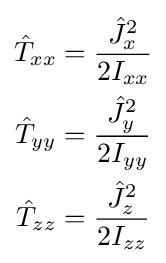
{\begin{aligned}{\hat {T}}_{xx}&={\frac {{\hat {J}}_{x}^{2}}{2I_{xx}}}\\{\hat {T}}_{yy}&={\frac {{\hat {J}}_{y}^{2}}{2I_{yy}}}\\{\hat {T}}_{zz}&={\frac {{\hat {J}}_{z}^{2}}{2I_{zz}}}\\\end{aligned}}\,\!